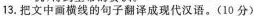
13.把文中画横线的句子翻译成现代汉语。(10分)